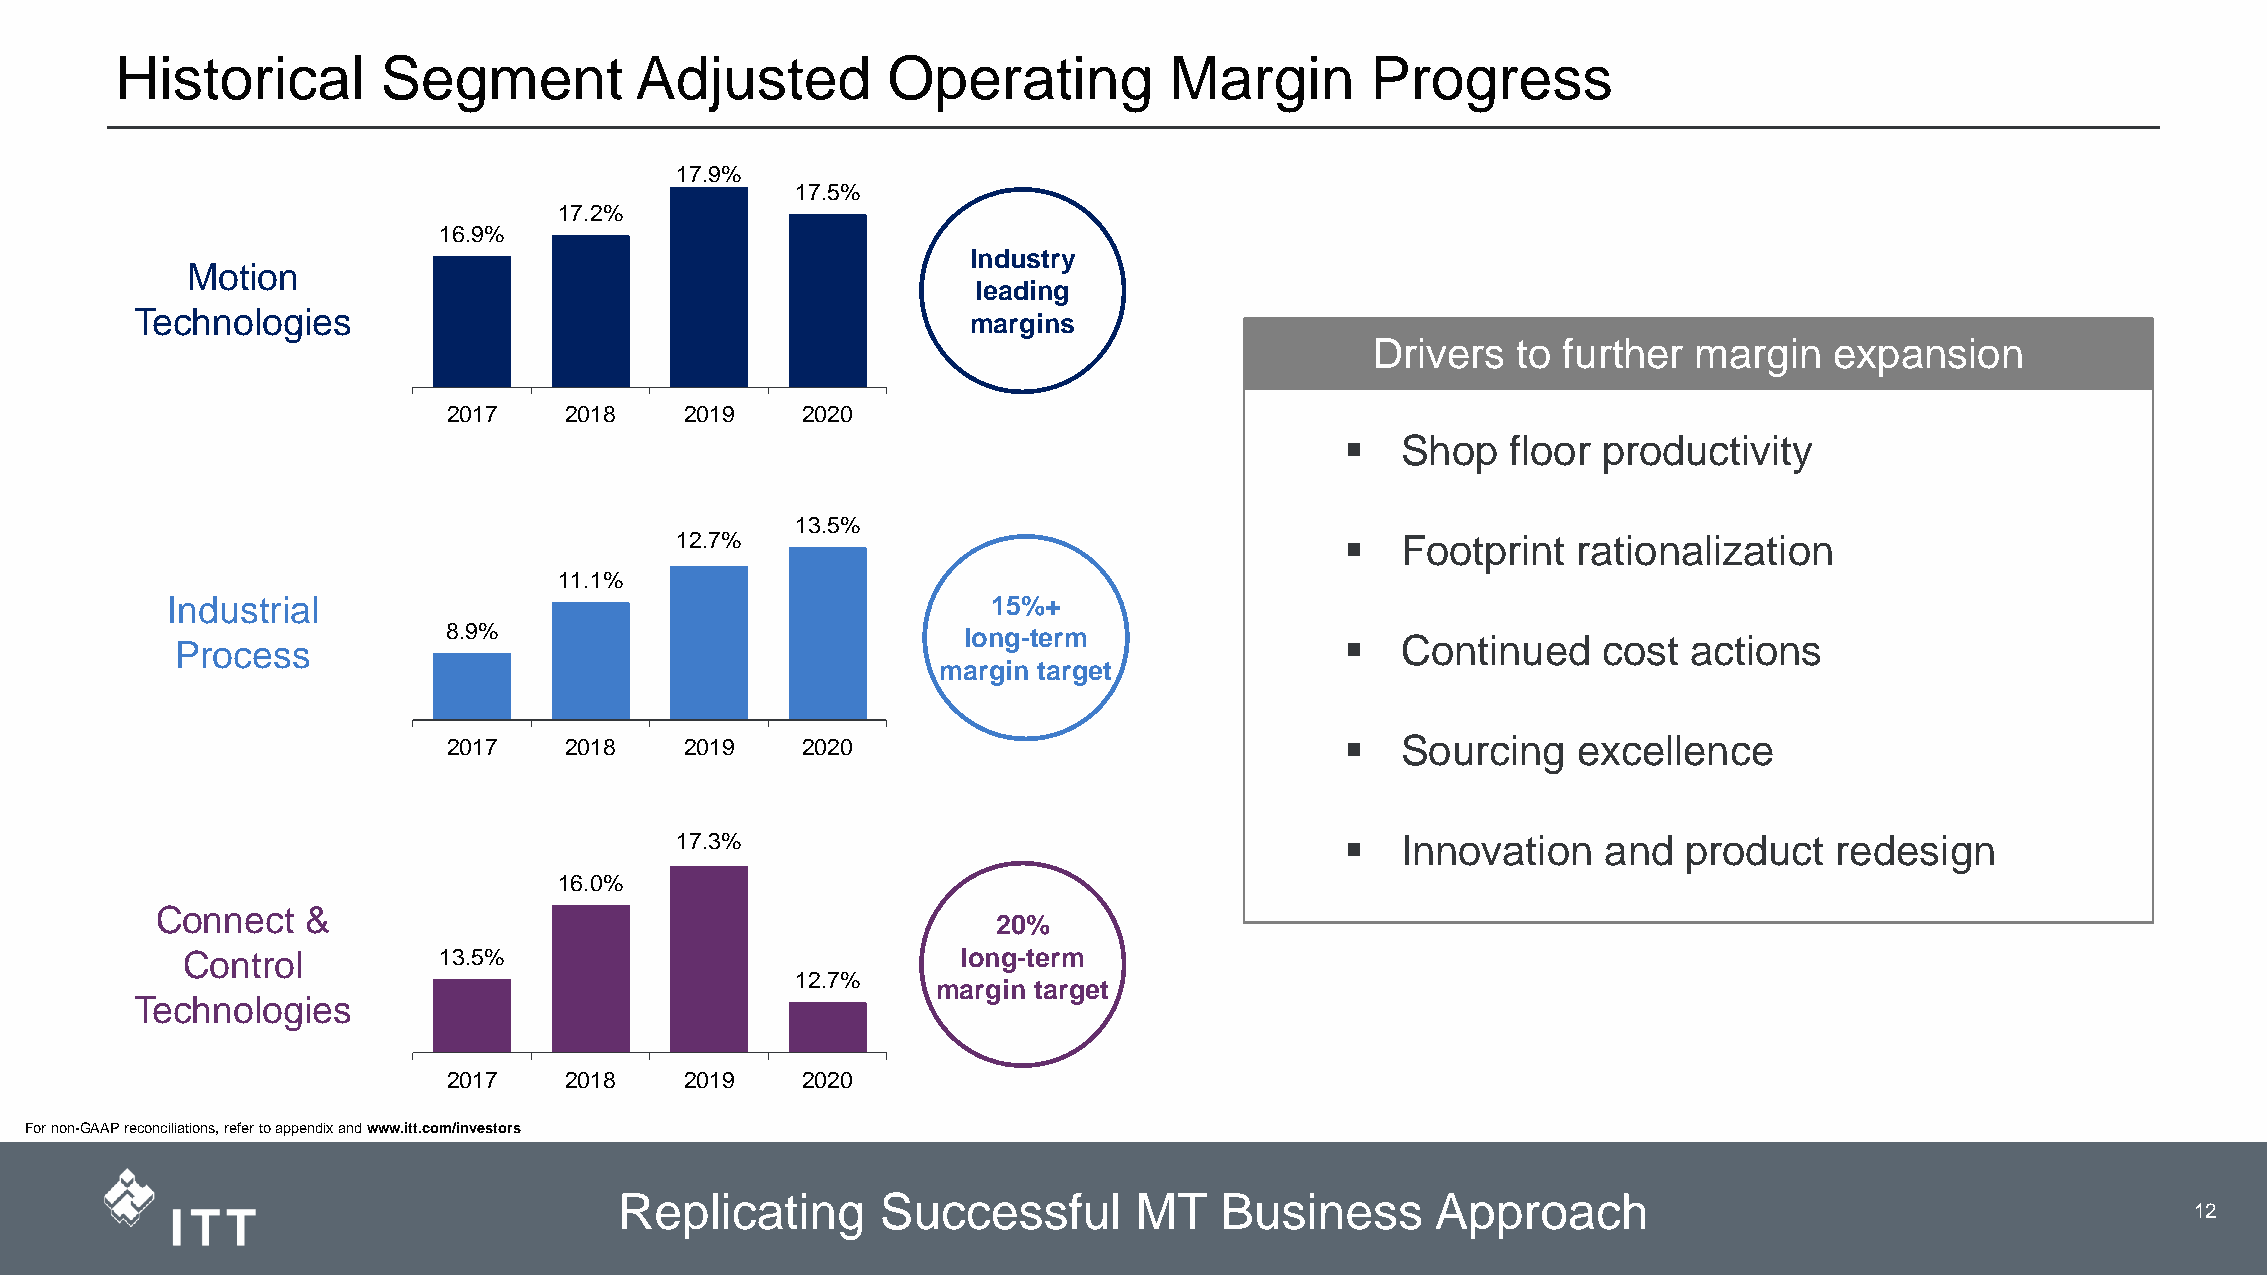
Historical       Segment          Adjusted         Operating         Margin        Progress
 17.9%
 17.5%
 17.2%
 16.9%
 Industry
 Motion
 leading
 Technologies                                           margins
 Drivers  to further  margin   expansion
 2017   2018    2019    2020
 ▪   Shop   floor productivity
 13.5%
 12.7%                                       ▪   Footprint  rationalization
 11.1%
 Industrial                                             15%+
 8.9%                              long-term                ▪   Continued    cost  actions
 Process
 margin target
 2017   2018    2019    2020                                ▪   Sourcing   excellence
 17.3%                                       ▪   Innovation   and   product   redesign
 16.0%
 Connect   &
 20%
 Control          13.5%                              long-term
 12.7%
 margin target
 Technologies
 2017   2018    2019    2020
 For non-GAAP reconciliations, refer to appendix and www.itt.com/investors
 Replicating      Successful       MT    Business      Approach
 3                    12